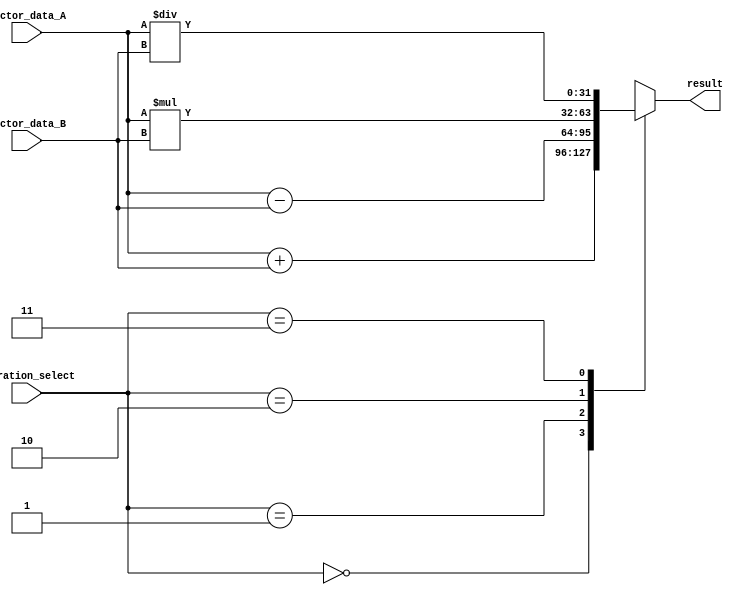
module Vector_ALU (
    input wire [31:0] vector_data_A,
    input wire [31:0] vector_data_B,
    input wire [1:0] operation_select,
    output reg [31:0] result
);

always @ (*) begin
    case(operation_select)
        2'b00: result = vector_data_A + vector_data_B; // addition operation
        2'b01: result = vector_data_A - vector_data_B; // subtraction operation
        2'b10: result = vector_data_A * vector_data_B; // multiplication operation
        2'b11: result = vector_data_A / vector_data_B; // division operation
        default: result = 32'b0; // default to 0 if no valid operation selected
    endcase
end

endmodule